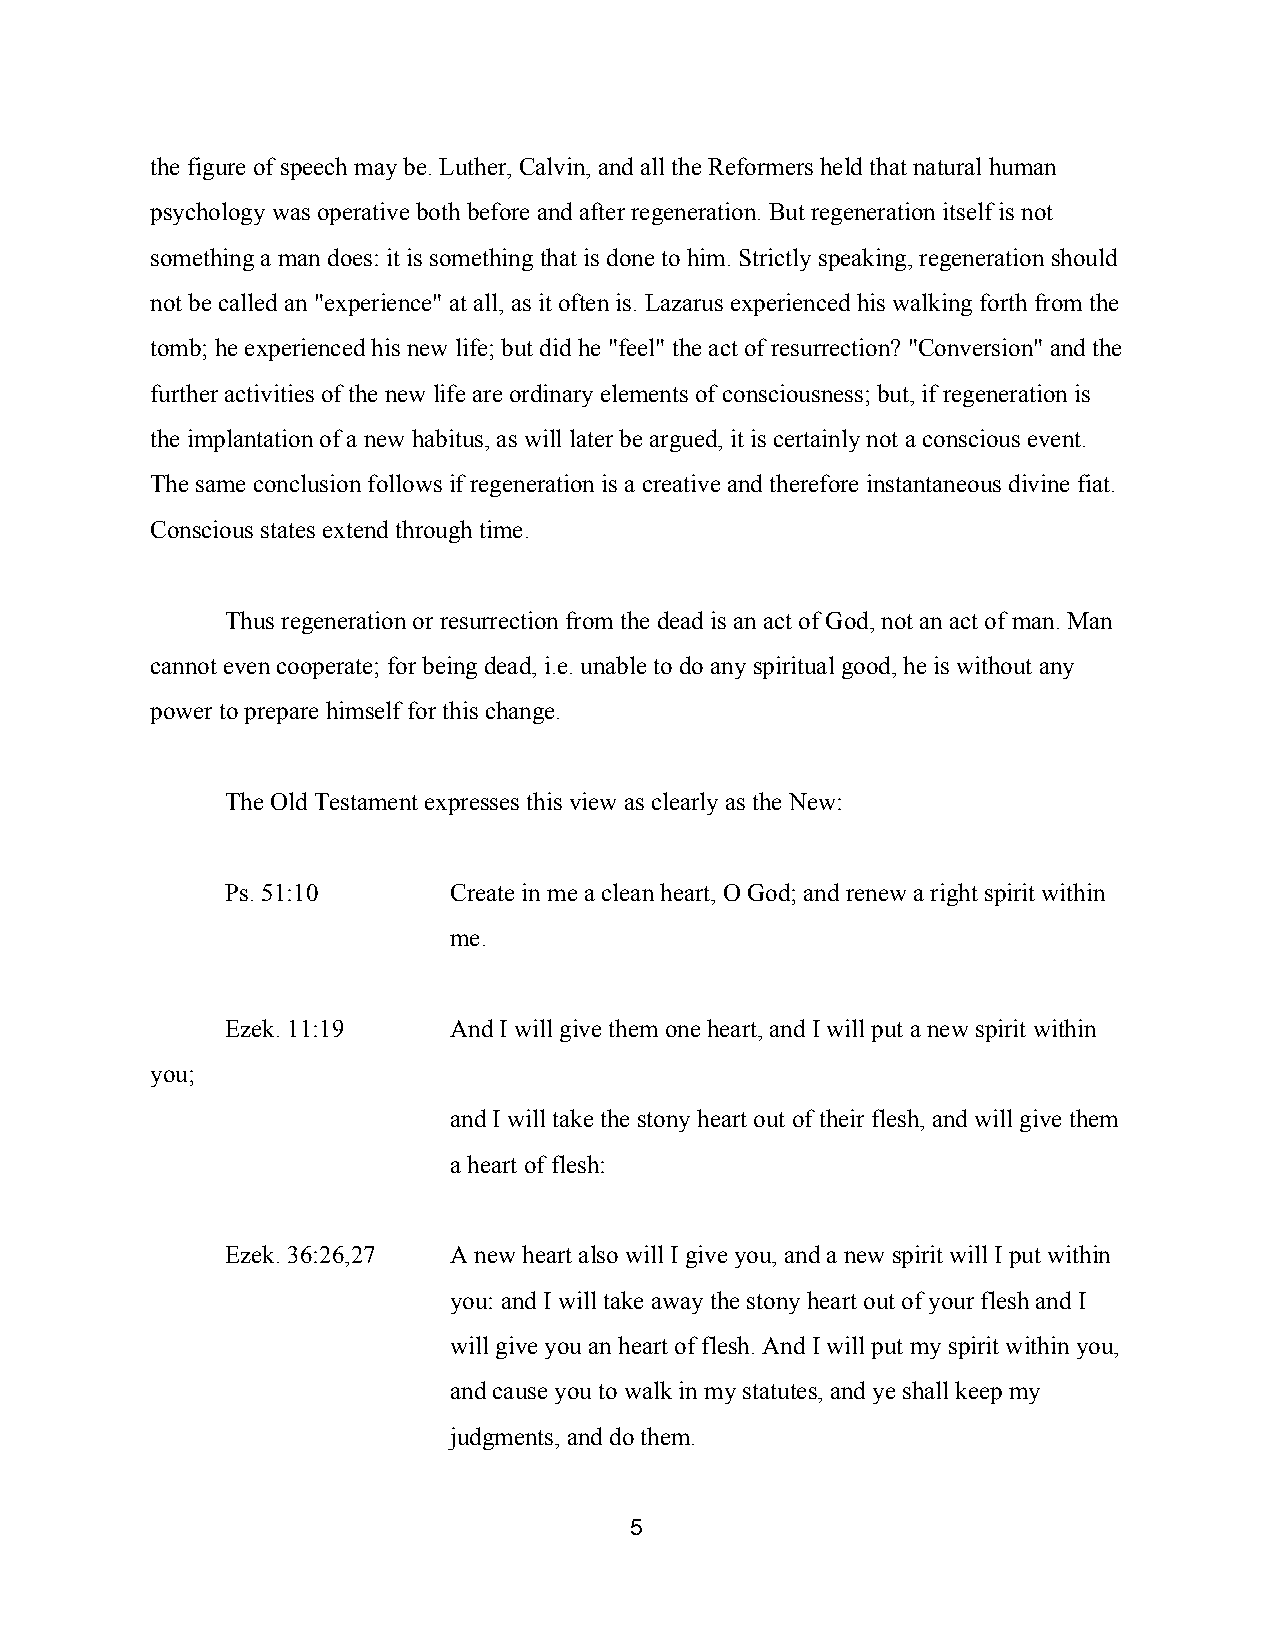
the figure of speech may be. Luther, Calvin, and all the Reformers held that natural human
 psychology was operative both before and after regeneration. But regeneration itself is not
 something a man does: it is something that is done to him. Strictly speaking, regeneration should
 not be called an "experience" at all, as it often is. Lazarus experienced his walking forth from the
 tomb; he experienced his new life; but did he "feel" the act of resurrection? "Conversion" and the
 further activities of the new life are ordinary elements of consciousness; but, if regeneration is
 the implantation of a new habitus, as will later be argued, it is certainly not a conscious event.
 The same conclusion follows if regeneration is a creative and therefore instantaneous divine fiat.
 Conscious states extend through time.
 Thus regeneration or resurrection from the dead is an act of God, not an act of man. Man
 cannot even cooperate; for being dead, i.e. unable to do any spiritual good, he is without any
 power to prepare himself for this change.
 The Old Testament expresses this view as clearly as the New:
 Ps. 51:10      Create in me a clean heart, O God; and renew a right spirit within
 me.
 Ezek. 11:19    And I will give them one heart, and I will put a new spirit within
 you;
 and I will take the stony heart out of their flesh, and will give them
 a heart of flesh:
 Ezek. 36:26,27 A new heart also will I give you, and a new spirit will I put within
 you: and I will take away the stony heart out of your flesh and I
 will give you an heart of flesh. And I will put my spirit within you,
 and cause you to walk in my statutes, and ye shall keep my
 judgments, and do them.
 5